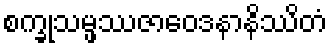
စက္ခုသမ္ဖဿဇာဝေဒနာနိဿိတံ